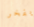
بفخر